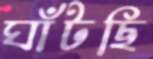
ঘাঁটছি